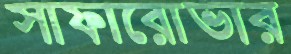
সাফারোভার